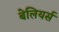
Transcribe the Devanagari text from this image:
बेलियर्स